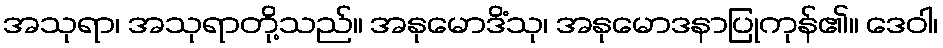
အသုရာ၊ အသုရာတို့သည်။ အနုမောဒိံသု၊ အနုမောဒနာပြုကုန်၏။ ဒေဝါ၊